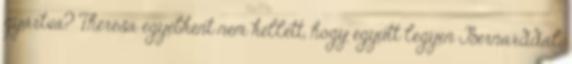
gyártva? Theresa egyébként nem kellett, hogy együtt legyen Bernarddal,